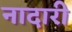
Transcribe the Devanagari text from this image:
नादारी